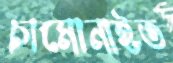
চামোনাইত